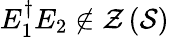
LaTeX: E_{1}^{\dagger}E_{2}\notin{\mathcal{Z}}\left({\mathcal{S}}\right)